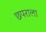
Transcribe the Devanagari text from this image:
छपराला